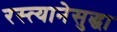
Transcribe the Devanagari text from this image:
रस्त्यानेसुद्धा